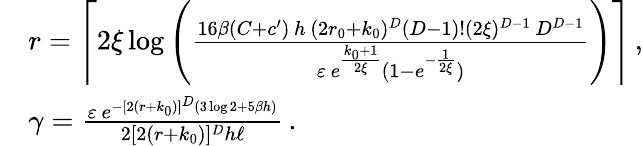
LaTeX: \begin{array}{rl}&{r=\left\lceil 2\xi\log\left(\frac{16\beta(C+c^{\prime})\, h\, (2r_{0}+k_{0})^{D}(D-1)!(2\xi)^{D-1}\, D^{D-1}}{\varepsilon\, e^{\frac{k_{0}+1}{2\xi}}(1-e^{-\frac{1}{2\xi}})}\right)\right\rceil\, ,}\\ &{\gamma=\frac{\varepsilon\, e^{-[2(r+k_{0})]^{D}(3\log 2+5\beta h)}}{2[2(r+k_{0})]^{D}h\ell}\, .}\end{array}